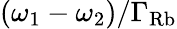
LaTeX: (\omega_{1}-\omega_{2})/\Gamma_{\mathrm{Rb}}